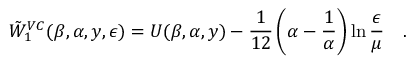
\tilde { W } _ { 1 } ^ { V C } ( \beta , \alpha , y , \epsilon ) = U ( \beta , \alpha , y ) - { \frac { 1 } { 1 2 } } \left( \alpha - { \frac { 1 } { \alpha } } \right) \ln { \frac { \epsilon } { \mu } } { } ~ ~ ~ .